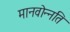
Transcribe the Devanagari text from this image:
मानवोन्नति